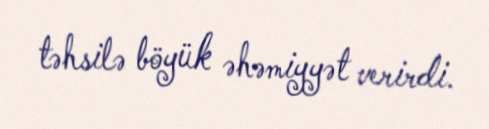
təhsilə böyük əhəmiyyət verirdi.